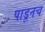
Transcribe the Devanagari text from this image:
पाडूनच